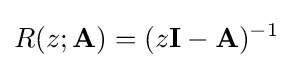
R(z;\mathbf {A} )=(z\mathbf {I} -\mathbf {A} )^{-1}